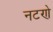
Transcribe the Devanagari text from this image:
नटणे